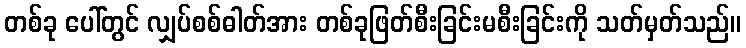
တစ်ခု ပေါ်တွင် လျှပ်စစ်ဓါတ်အား တစ်ခုဖြတ်စီးခြင်းမစီးခြင်းကို သတ်မှတ်သည်။